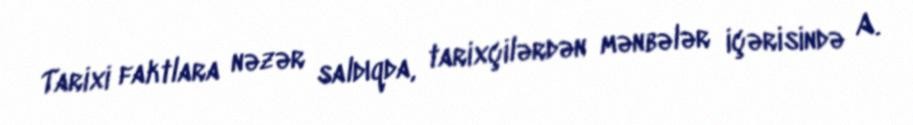
Tarixi faktlara nəzər saldıqda, tarixçilərdən mənbələr içərisində A.